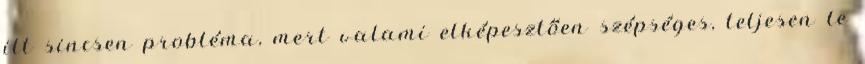
itt sincsen probléma, mert valami elképesztően szépséges, teljesen le